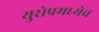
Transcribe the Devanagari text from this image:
युरोपमध्येच